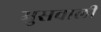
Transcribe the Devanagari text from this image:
मुसवाली